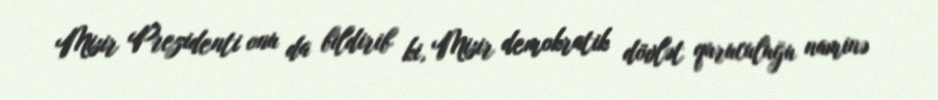
Misir Prezidenti onu da bildirib ki, Misir demokratik dövlət quruculuğu naminə